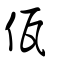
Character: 佤